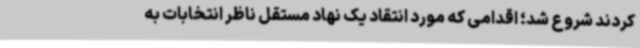
کردند شروع شد؛ اقدامی که مورد انتقاد یک نهاد مستقل ناظر انتخابات به